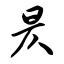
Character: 昃